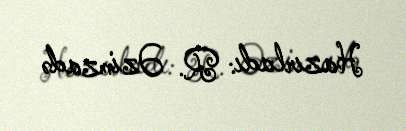
Hazırladı: R. Əzimzadə